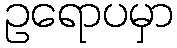
ဥရောပမှာ